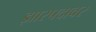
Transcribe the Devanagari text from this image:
झारपदावर